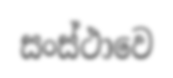
සංස්ථාවෙ